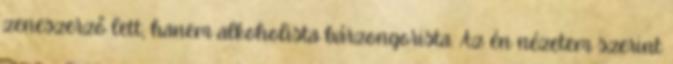
zeneszerző lett, hanem alkoholista bárzongorista. Az én nézetem szerint